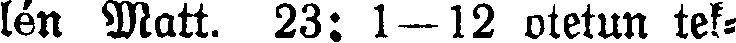
lén Matt. 23: 1— 12 otetun tek-